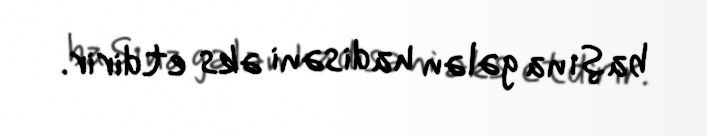
başına gələn hadisəni əks etdirir.